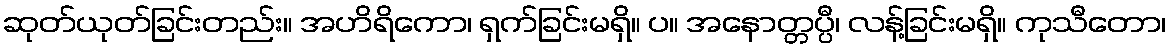
ဆုတ်ယုတ်ခြင်းတည်း။ အဟိရိကော၊ ရှက်ခြင်းမရှိ။ ပ။ အနောတ္တပ္ပီ၊ လန့်ခြင်းမရှိ။ ကုသီတော၊